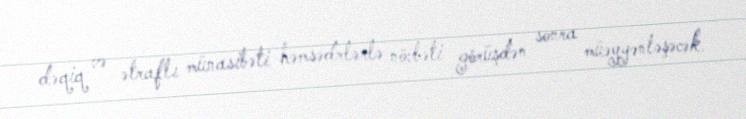
dəqiq və ətraflı münasibəti həmsədrlərlə növbəti görüşdən sonra müəyyənləşəcək.